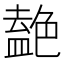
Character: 𫇤